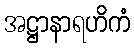
အဋ္ဌာနာရဟိကံ